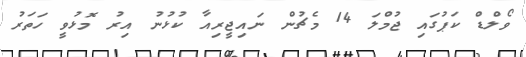
ވޯލްޑް ކަޕުގައި ޖުމްލަ 14 މެޗުން ނައިޖީރިއާ ކުޅުނު އިރު މޮޅުވީ ހަތަރު